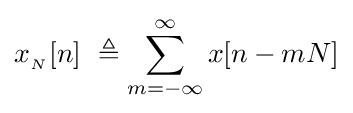
x_{_{N}}[n]\ \triangleq \sum _{m=-\infty }^{\infty }x[n-mN]